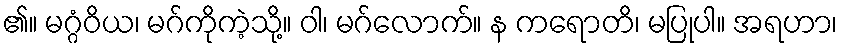
၏။ မဂ္ဂံဝိယ၊ မဂ်ကိုကဲ့သို့။ ဝါ၊ မဂ်လောက်။ န ကရောတိ၊ မပြုပါ။ အရဟာ၊